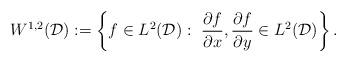
LaTeX: \begin{align*}W^{1,2}({\cal D}):=\left\{f\in L^2({\cal D}):\ \dfrac{\partial f}{\partial x},\dfrac{\partial f}{\partial y}\in L^2({\cal D})\right\}.\end{align*}